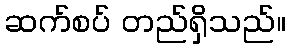
ဆက်စပ် တည်ရှိသည်။